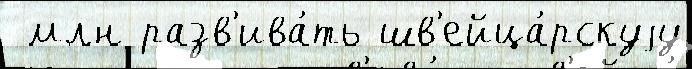
 млн разв'ива́ть шв'ейца́рскуjу